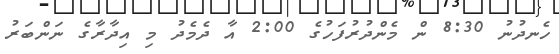
ހެނދުނު 8:30 ން މެންދުރުފަހުގެ 2:00 އާ ދެމެދު މި އިދާރާގެ ނަންބަރު